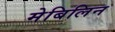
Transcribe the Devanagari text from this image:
मेबिलिन